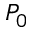
P _ { 0 }